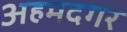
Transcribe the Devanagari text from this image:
अहमदगर